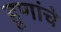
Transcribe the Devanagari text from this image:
हूणांचे